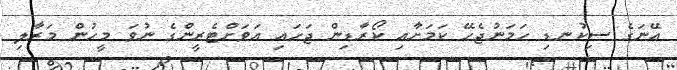
އޭނަގެ ސިކުނޑި ހަމަނުޖެހޭ ކަމަށާއި ކޯރާޑިން ޖަހައި އަވަށްޓެރީންގެ ނުވަ މީހުން މަރާލި